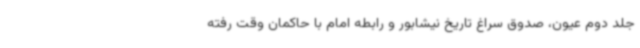
جلد دوم عیون، صدوق سراغ تاریخ نیشابور و رابطه امام با حاکمان وقت رفته